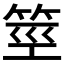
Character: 𰩼